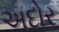
અદોર